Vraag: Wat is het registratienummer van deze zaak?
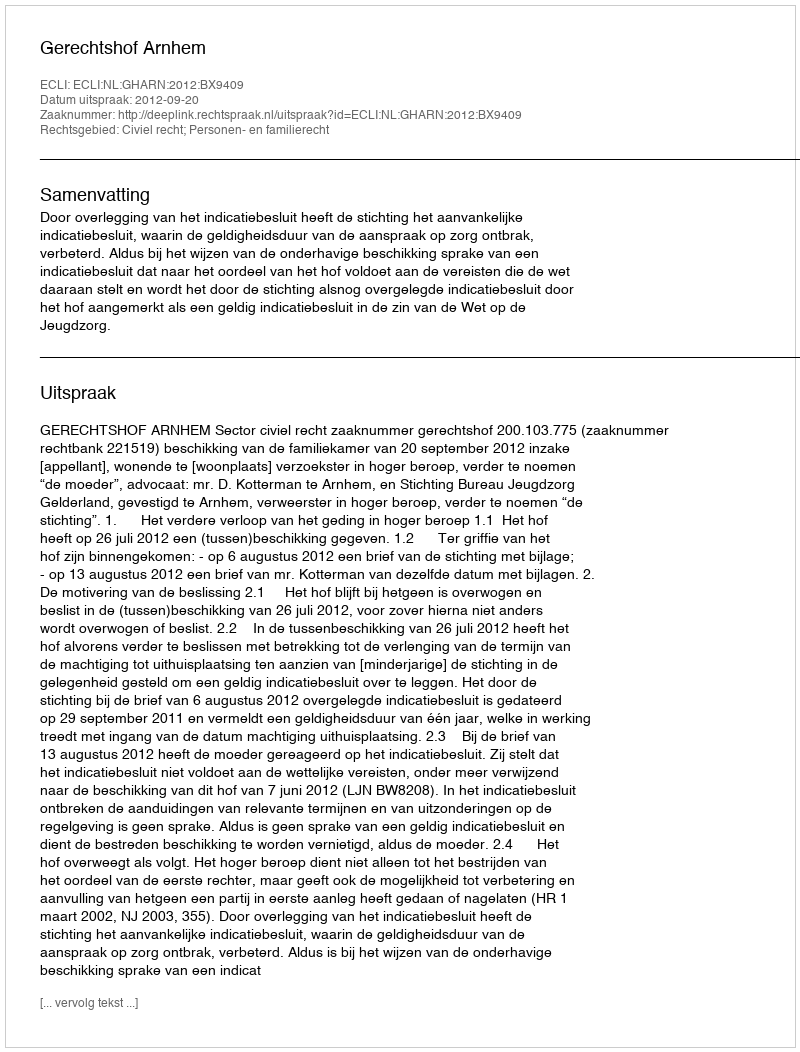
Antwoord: http://deeplink.rechtspraak.nl/uitspraak?id=ECLI:NL:GHARN:2012:BX9409